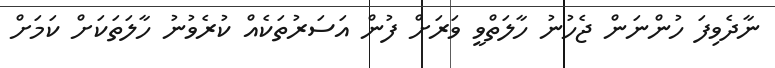
ނާދެވިފަ ހުންނަން ޖެހުނު ހާލަތްވީ ވަރަށް ފުން އަސަރުތަކެއް ކުރެވުނު ހާލަތަކަށް ކަމަށް